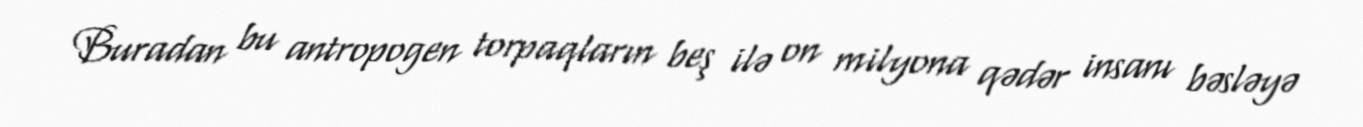
Buradan bu antropogen torpaqların beş ilə on milyona qədər insanı bəsləyə